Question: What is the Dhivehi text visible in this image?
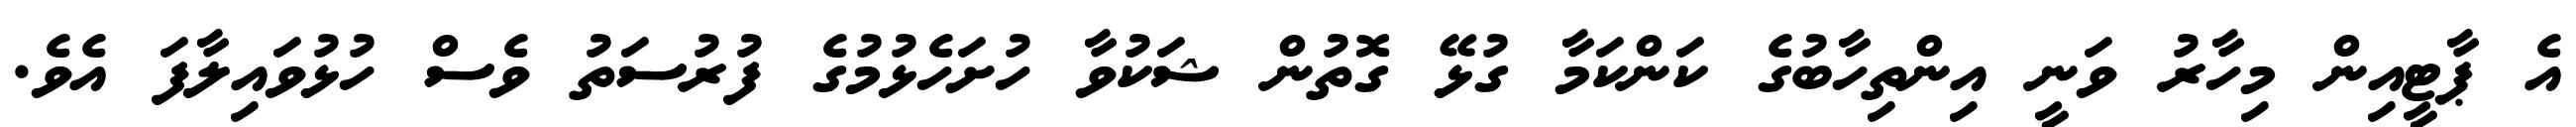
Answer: އެ ޕާޓީއިން މިހާރު ވަނީ އިންތިހާބުގެ ކަންކަމާ ގުޅޭ ގޮތުން ޝަކުވާ ހުށަހެޅުމުގެ ފުރުސަތު ވެސް ހުޅުވައިލާފަ އެވެ.